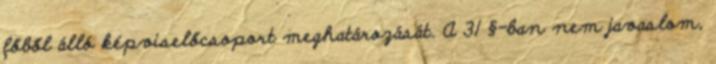
főből álló képviselőcsoport meghatározását. A 31 §-ban nem javaslom,